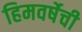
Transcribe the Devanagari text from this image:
हिमवर्षेची